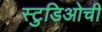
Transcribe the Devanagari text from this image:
स्टुडिओची